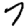
Digit: 7